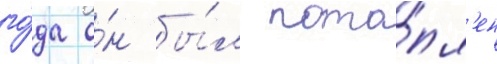
го́да о́н бы́л пото́пл'ен